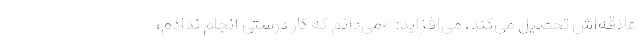
علاقه‌اش تحصیل می‌کند، می‌افزاید: «می‌دانم که کار درستی انجام ندادم،